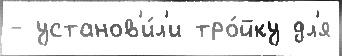
- установ'и́л'и тро́йку дл'я